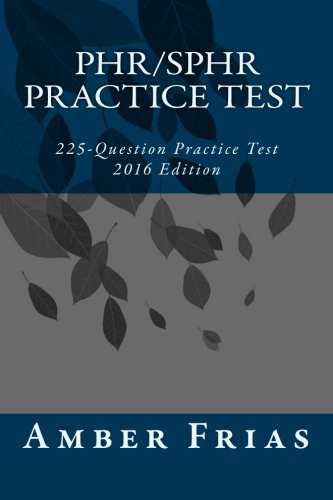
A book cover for PHR/SPHR Practice Test - 2016 Edition: 225-Question Practice Test; Amber Frias; Test Preparation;